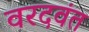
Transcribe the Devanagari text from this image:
वरदवंत